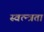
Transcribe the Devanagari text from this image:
स्वत्न्त्रता